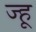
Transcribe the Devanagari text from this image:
ज्हू